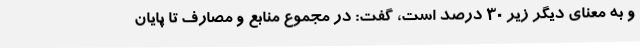
و به معنای دیگر زیر 30 درصد است، گفت: در مجموع منابع و مصارف تا پایان